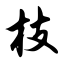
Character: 枝